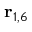
\mathbf { r } _ { 1 , 6 }